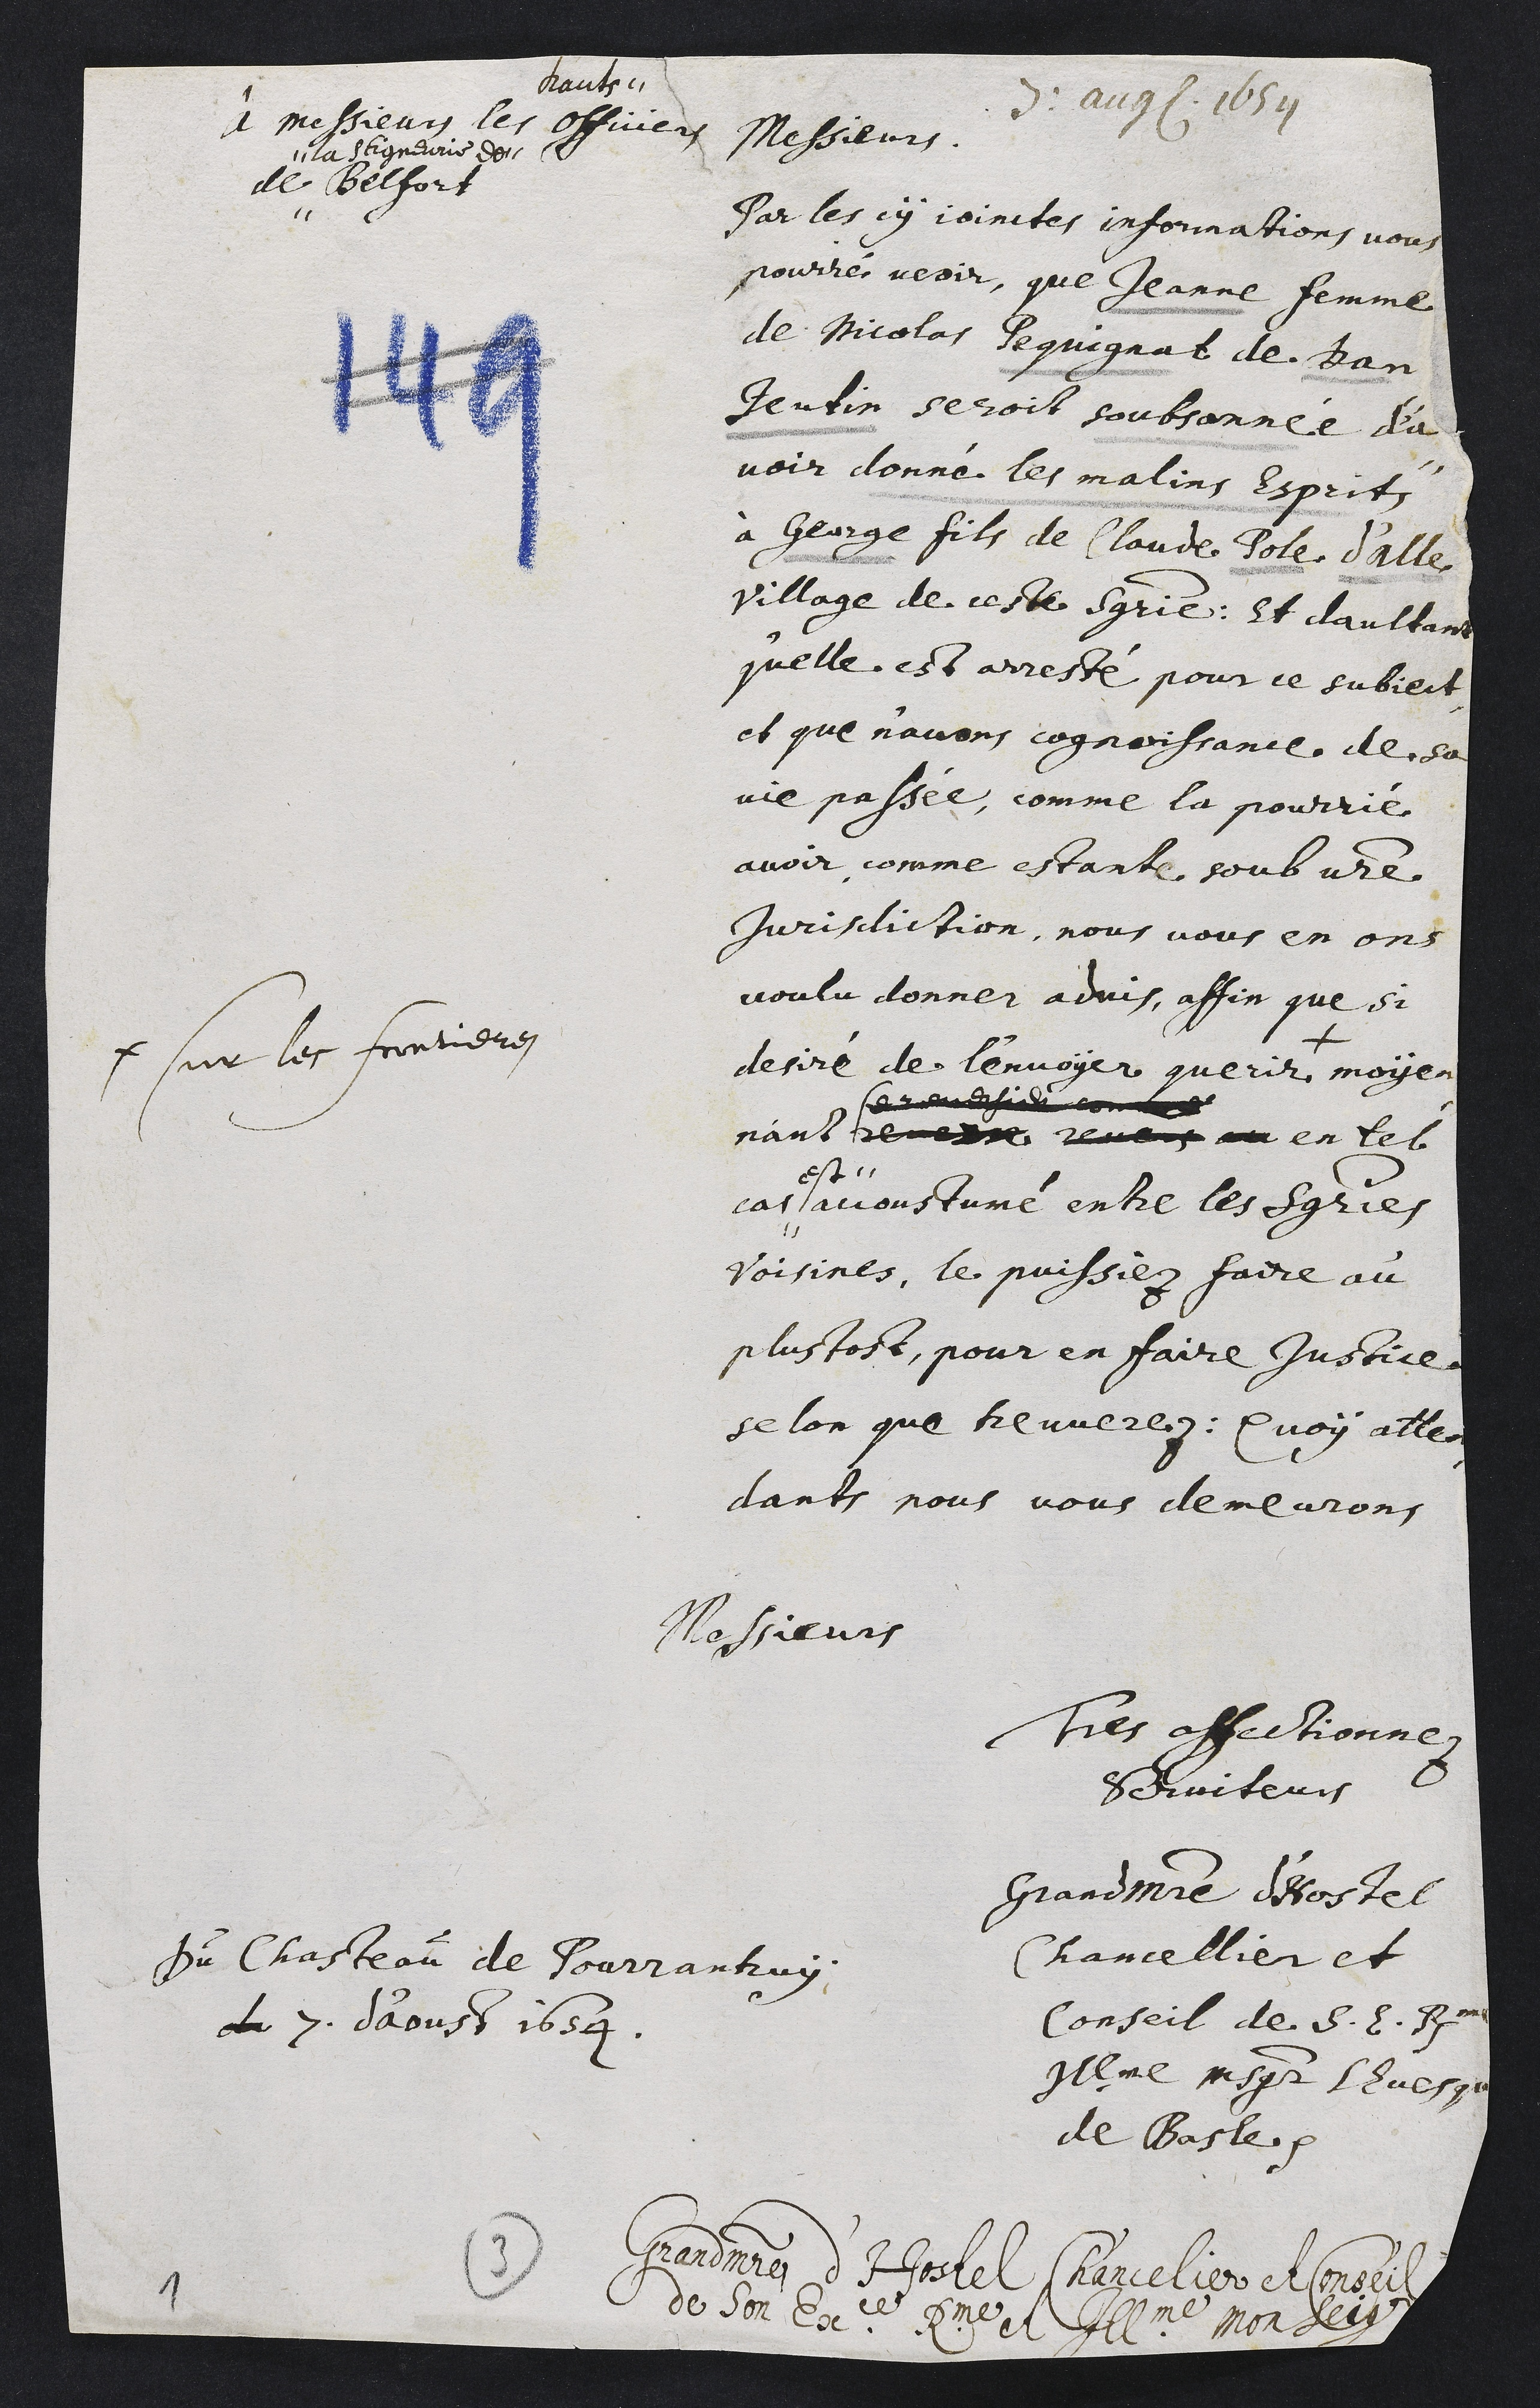
7: august 1654
À messieurs les
hauts"
officiers
de
"la seigneurie de"
Belfort
Messieurs,
Par les cy jointes informations vous
pourrés veoir, que Jeanne femme
de Nicolas Pequignat de Dan-
jeutin seroit soubsonnée d’a-
voir donné les malins esprits
à George fils de Claude Pole d'Alle
village de ceste seigneurie : et d’aultant
qu’elle est arresté pour ce subject,
et que n'avons cognaissance de sa
vie passée, comme la pourrié
avoir, comme estante sous votre
jurisdiction, nous vous en ons
voulu donner advis, affin que si
desiré de l’envoyer querir +
+ sur les frontieres
moyen-
ant re re ??
???????????? comme
en tel
cas"
est"
accoustumé entre les seigneuries
voisines, le puissiez faire au
plus tost, pour en faire justice
selon que treuverez : quoÿ atten-
dants nous vous demeurons
Messieurs
Tres affectionnez
serviteurs
Grand maistre d’Hostel
Chancellier et
Conseil de Son Excellence Reverendissime
Illustrissime monseigneur lEvesque
de Basle etc.
Du Chasteau de Pourrantruÿ
du 7. d’aoust 1654.
Grand maistre d’Hostel Chancelier et Conseil
de son Excellence Reverendissime et Illustrissime monseigneur